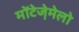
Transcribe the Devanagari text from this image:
मोंटेजे़मेलो